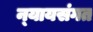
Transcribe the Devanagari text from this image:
न्‍यायसंगत